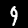
Digit: 9